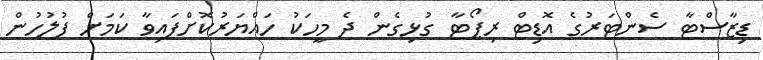
ޑިޒާސްޓާ ސެންޓަރުގެ އޮޑިޓް ރިޕޯޓާ ގުޅިގެން ދެ މީހަކު ހައްޔަރުކޮށްފައިވާ ކަމަށް ފުލުހުން